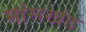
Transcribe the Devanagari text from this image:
मांसखंड